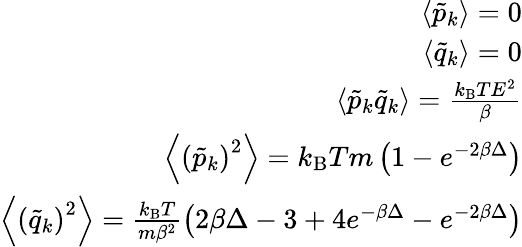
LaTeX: \begin{array}{r}{\left<\tilde{p}_{k}\right>=0}\\ {\left<\tilde{q}_{k}\right>=0}\\ {\left<\tilde{p}_{k}\tilde{q}_{k}\right>=\frac{k_{\mathrm{B}}TE^{2}}{\beta}}\\ {\left<\left(\tilde{p}_{k}\right)^{2}\right>=k_{\mathrm{B}}Tm\left(1-e^{-2\beta\Delta}\right)}\\ {\left<\left(\tilde{q}_{k}\right)^{2}\right>=\frac{k_{\mathrm{B}}T}{m\beta^{2}}\left(2\beta\Delta-3+4e^{-\beta\Delta}-e^{-2\beta\Delta}\right)}\end{array}